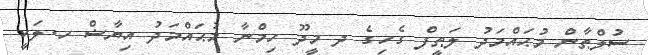
ސުލްޠާން މުޙައްމަދު ލަޠީފް ގެހިގެ ދ މީދޫ ހިމްނާ މުޙައްމަދު އިޔާޟް ހ.ލަކީ